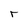
Character: r